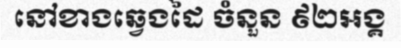
នៅខាងឆ្វេងដៃ ចំនួន ៩២អង្គ